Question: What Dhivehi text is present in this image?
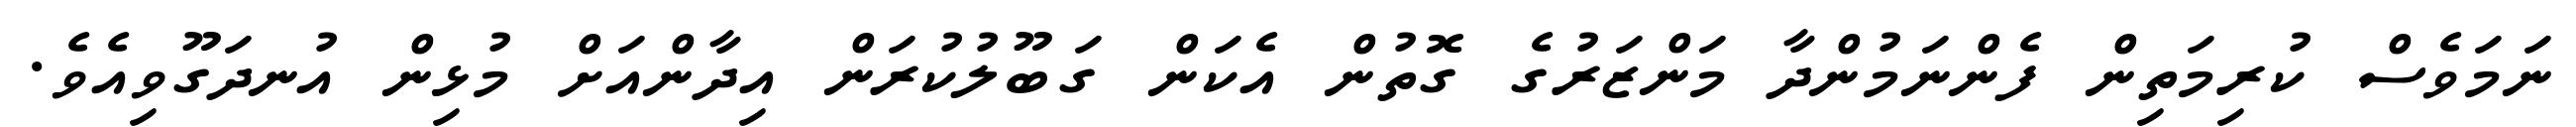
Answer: ނަމަވެސް ކުރިމަތިން ފެންނަމުންދާ މަންޒަރުގެ ގޮތުން އެކަން ގަބޫލުކުރަން އިދާންއަށް މުޅިން އުނދަގޫވިއެވެ.